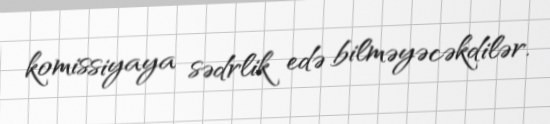
komissiyaya sədrlik edə bilməyəcəkdilər.